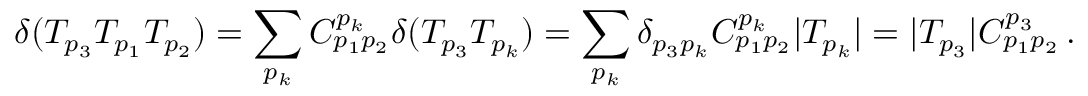
\delta ( T _ { p _ { 3 } } T _ { p _ { 1 } } T _ { p _ { 2 } } ) = \sum _ { p _ { k } } C _ { p _ { 1 } p _ { 2 } } ^ { p _ { k } } \delta ( T _ { p _ { 3 } } T _ { p _ { k } } ) = \sum _ { p _ { k } } \delta _ { p _ { 3 } p _ { k } } C _ { p _ { 1 } p _ { 2 } } ^ { p _ { k } } | T _ { p _ { k } } | = | T _ { p _ { 3 } } | C _ { p _ { 1 } p _ { 2 } } ^ { p _ { 3 } } \, .